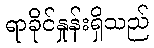
ရာခိုင်နှုန်းရှိသည်